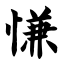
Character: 慊